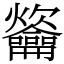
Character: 䶴